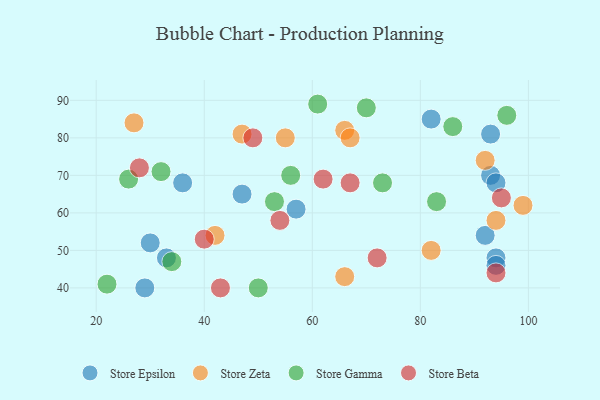
{"axis": {"x": "GDP", "y": "Life Expectancy"}, "legend": ["Store Beta", "Store Epsilon", "Store Gamma", "Store Zeta"], "data": [{"x": "94", "y": 48, "type": "Store Epsilon"}, {"x": "94", "y": 46, "type": "Store Epsilon"}, {"x": "93", "y": 70, "type": "Store Epsilon"}, {"x": "33", "y": 48, "type": "Store Epsilon"}, {"x": "36", "y": 68, "type": "Store Epsilon"}, {"x": "29", "y": 40, "type": "Store Epsilon"}, {"x": "82", "y": 85, "type": "Store Epsilon"}, {"x": "30", "y": 52, "type": "Store Epsilon"}, {"x": "93", "y": 81, "type": "Store Epsilon"}, {"x": "92", "y": 54, "type": "Store Epsilon"}, {"x": "94", "y": 68, "type": "Store Epsilon"}, {"x": "47", "y": 65, "type": "Store Epsilon"}, {"x": "57", "y": 61, "type": "Store Epsilon"}, {"x": "99", "y": 62, "type": "Store Zeta"}, {"x": "42", "y": 54, "type": "Store Zeta"}, {"x": "94", "y": 58, "type": "Store Zeta"}, {"x": "92", "y": 74, "type": "Store Zeta"}, {"x": "66", "y": 43, "type": "Store Zeta"}, {"x": "82", "y": 50, "type": "Store Zeta"}, {"x": "66", "y": 82, "type": "Store Zeta"}, {"x": "47", "y": 81, "type": "Store Zeta"}, {"x": "55", "y": 80, "type": "Store Zeta"}, {"x": "27", "y": 84, "type": "Store Zeta"}, {"x": "67", "y": 80, "type": "Store Zeta"}, {"x": "26", "y": 69, "type": "Store Gamma"}, {"x": "83", "y": 63, "type": "Store Gamma"}, {"x": "56", "y": 70, "type": "Store Gamma"}, {"x": "96", "y": 86, "type": "Store Gamma"}, {"x": "34", "y": 47, "type": "Store Gamma"}, {"x": "50", "y": 40, "type": "Store Gamma"}, {"x": "22", "y": 41, "type": "Store Gamma"}, {"x": "61", "y": 89, "type": "Store Gamma"}, {"x": "70", "y": 88, "type": "Store Gamma"}, {"x": "86", "y": 83, "type": "Store Gamma"}, {"x": "53", "y": 63, "type": "Store Gamma"}, {"x": "73", "y": 68, "type": "Store Gamma"}, {"x": "32", "y": 71, "type": "Store Gamma"}, {"x": "72", "y": 48, "type": "Store Beta"}, {"x": "67", "y": 68, "type": "Store Beta"}, {"x": "49", "y": 80, "type": "Store Beta"}, {"x": "54", "y": 58, "type": "Store Beta"}, {"x": "28", "y": 72, "type": "Store Beta"}, {"x": "43", "y": 40, "type": "Store Beta"}, {"x": "95", "y": 64, "type": "Store Beta"}, {"x": "94", "y": 44, "type": "Store Beta"}, {"x": "62", "y": 69, "type": "Store Beta"}, {"x": "40", "y": 53, "type": "Store Beta"}]}